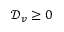
\mathcal { D } _ { v } \geq 0